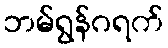
ဘမ်ရွန်ဂရက်